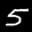
Label: 5